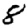
Digit: 8